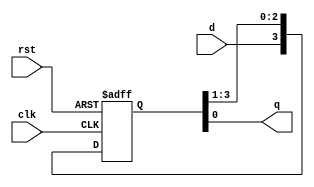
module ShiftRightRegister(d,q,clk,rst);
input clk,d,rst;
output q;
reg [3:0] r_reg;
wire [3:0] r_next;
always @(posedge clk or posedge rst) begin

if(rst)
r_reg<=0;
else
r_reg<=r_next;
end
assign r_next={d,r_reg[3:1]};
assign q=r_reg[0];

endmodule
/***************************************************************/
module TB_2();

reg clk,d,rst;
wire q;
ShiftRightRegister obj(d,q,clk,rst);

always begin
clk=~clk; #5;
end

initial begin 
clk=0; rst=1; d=0;

#10 rst=0;
#10 d=1;
#10 d=0;
#10 d=1;
#10 d=0;

end

endmodule
/***************************************************************/